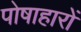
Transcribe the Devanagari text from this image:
पोषाहारों